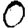
Digit: 0